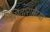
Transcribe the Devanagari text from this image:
सितारामैय्या